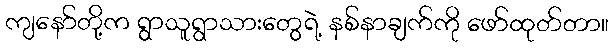
ကျနော်တို့က ရွာသူရွာသားတွေရဲ့ နစ်နာချက်ကို ဖော်ထုတ်တာ။